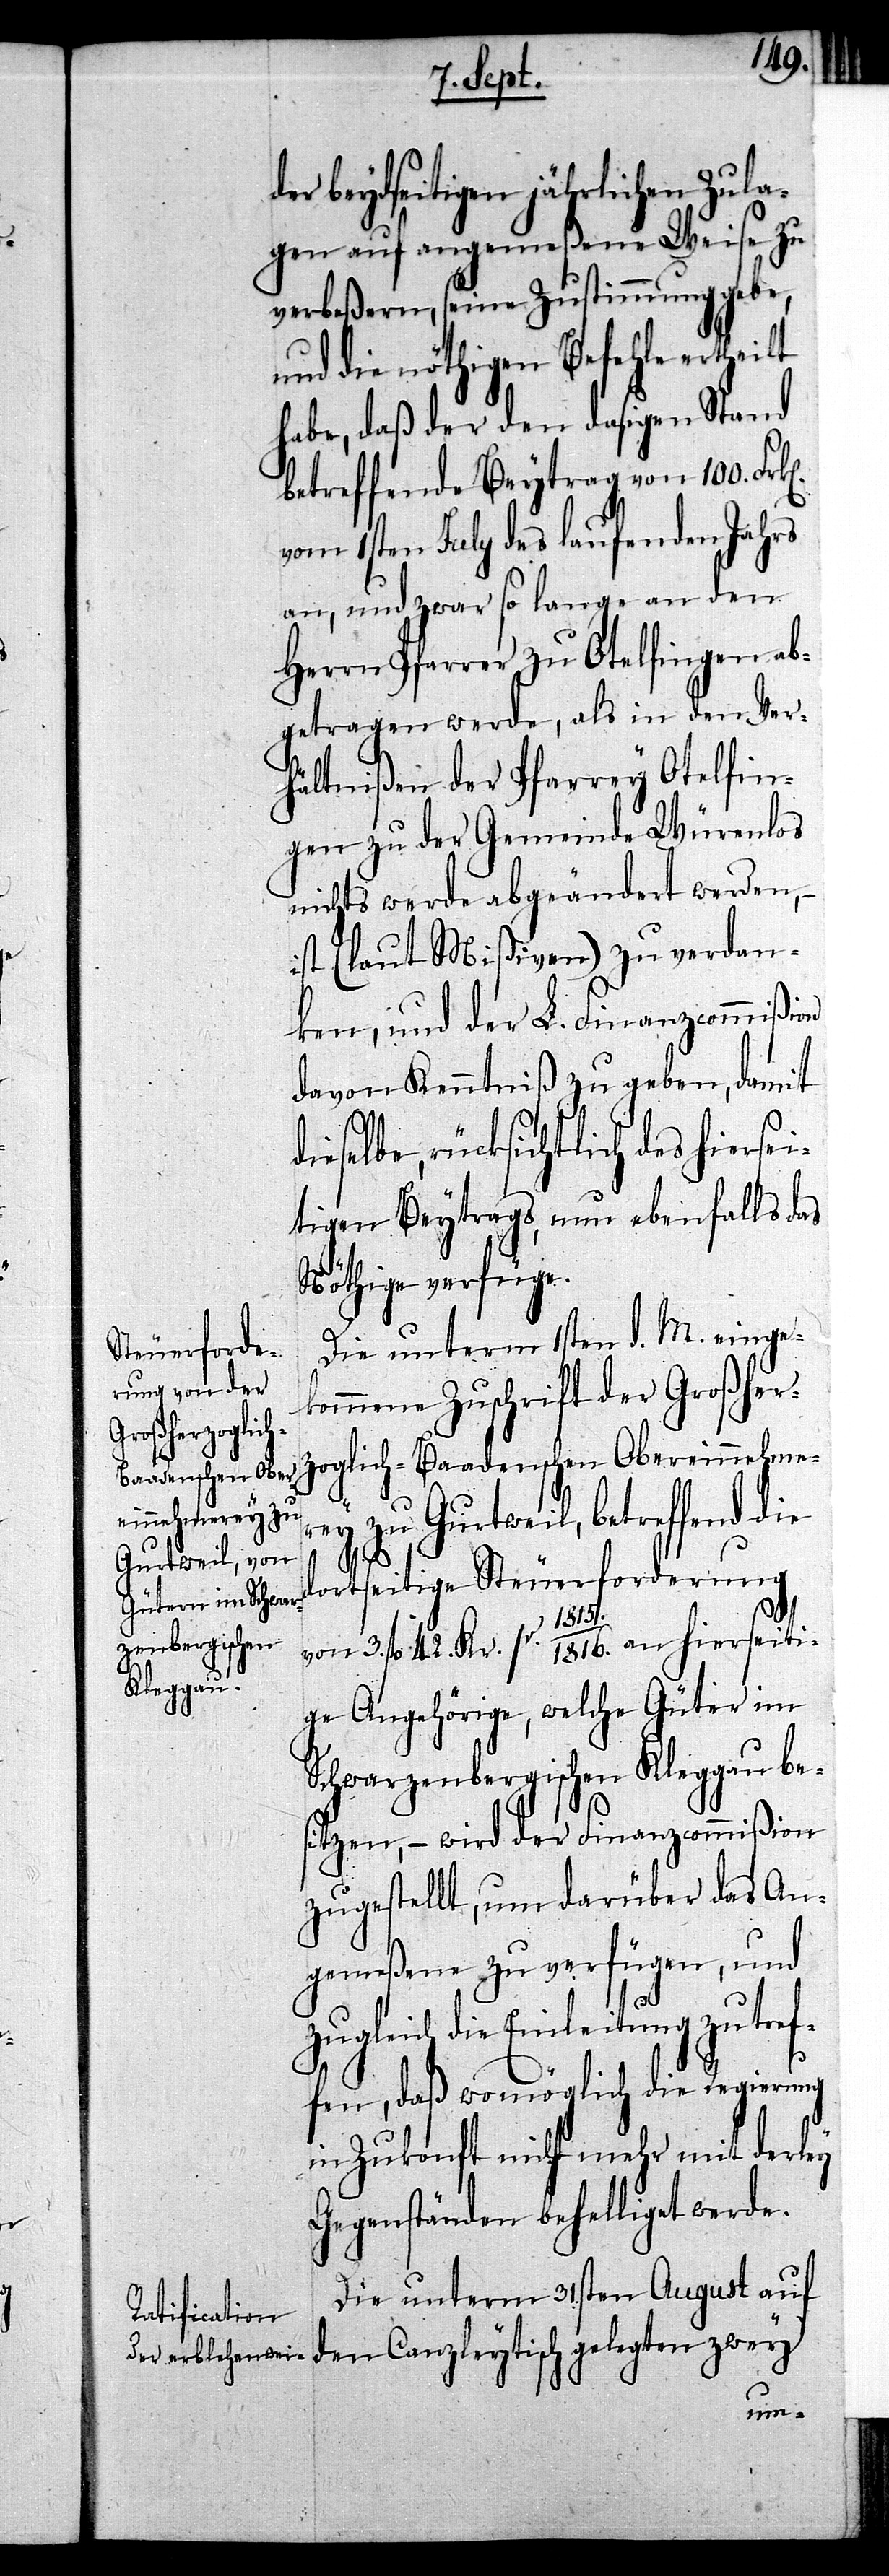
an hierseiti¬

der beydseitigen jährlichen Zula¬
gen auf angemeßene Weise zu
verbeßern, seine Zustimmung gebe,
und die nöthigen Befehle erthei¬
habe, daß der den dasigen Stand
betreffende Beytrag von 100.
vom 1sten July des laufenden Jahrs
an, und zwar so lange an den
Herrn Pfarrer zu Otelfingen ab¬
getragen werde, als in den Ver¬
hältnißen der Pfarrey Otelfin¬
gen zu der Gemeinde Würenlos
nichts werde abgeändert werden, –
ist (laut Mißiven) zu verdan¬
ken, und der L. Finanzcommißion
davon Kenntniß zu geben, damit
eselbe, rücksichtlich des hierse¬
itigen Beytrags, nun ebenfalls das
Nöthige verfüge.
pr.
Die unterm 1sten d. M. einge¬
kommene Zuschrift der Großher¬
zoglich-Baadenschen Obereinnehmerey
zu Gurtweil, betreffend die
dortseitige Steuerforderung
ge Angehörige, welche Güter im
Schwarzenbergischen Kleggau be¬
sitzen, – wird der Finanzcommißion
zugestellt, um darüber das An¬
gemeßene zu verfügen, und
gleich die Einleitung zu tr¬
fen, daß wo möglich die Regierung
in Zukonft nicht mehr mit derley
Gegenständen behelligt werde.
Die unterm 31sten August auf
den Canzleytisch gelegten zwey
ef¬